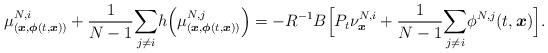
LaTeX: \begin{align*}\mu_{(\boldsymbol{x},\boldsymbol{\phi}(t,\boldsymbol{x}))}^{N,i}+\frac{1}{N-1}\underset{j\neq i}{\sum}h\Big(\mu_{(\boldsymbol{x},\boldsymbol{\phi}(t,\boldsymbol{x}))}^{N,j} \Big)=-R^{-1}B\Big[P_t\nu^{N,i}_{\boldsymbol{x}}+\frac{1}{N-1}\underset{j\neq i}{\sum}\phi^{N,j}(t,\boldsymbol{x})\Big].\end{align*}